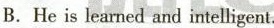
B.He is learned and intelligent.